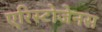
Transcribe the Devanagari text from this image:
एरिस्टोजेनस